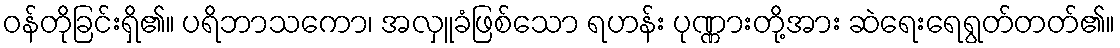
ဝန်တိုခြင်းရှိ၏။ ပရိဘာသကော၊ အလှူခံဖြစ်သော ရဟန်း ပုဏ္ဏားတို့အား ဆဲရေးရေရွတ်တတ်၏။